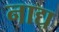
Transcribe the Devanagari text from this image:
नाद्य